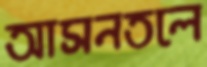
আসনতলে